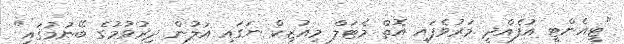
"ޓީއެންޓީ އުފެއްދީ މަރުވެފައި އޮތް މެޓަލް މިއުޒިކް ނަގައި އަލުން ދިރުވުމުގެ ބޭނުމުގައި"